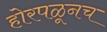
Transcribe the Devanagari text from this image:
होरपळूनच